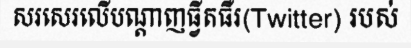
សរសេរលើបណ្តាញធ្វីតធឺរ(Twitter) របស់